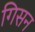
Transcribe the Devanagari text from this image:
गिसन